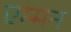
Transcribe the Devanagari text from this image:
एम्मन